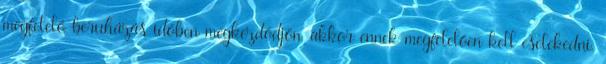
megfelelő beruházás időben megkezdődjön, akkor ennek megfelelően kell cselekedni.